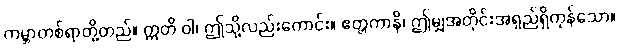
ကမ္ဘာတစ်ရာတို့တည်။ ဣတိ ဝါ၊ ဤသို့လည်းကောင်း။ ဧတ္တကာနိ၊ ဤမျှအတိုင်းအရှည်ရှိကုန်သော။